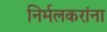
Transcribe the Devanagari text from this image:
निर्मलकरांना